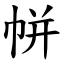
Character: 帡